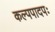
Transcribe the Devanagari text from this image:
कल्पपादपः